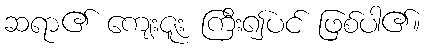
ဆရာ၏ ကျေးဇူး ကြီး၍ပင် ဖြစ်ပါ၏။